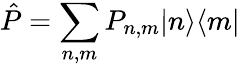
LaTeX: \hat{P}=\sum_{n,m}P_{n,m}|n\rangle\langle m|